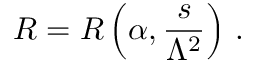
R = R \left( \alpha , { \frac { s } { \Lambda ^ { 2 } } } \right) \, .